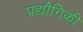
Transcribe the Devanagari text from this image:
प्रद्यौगिकी